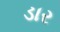
ડાર